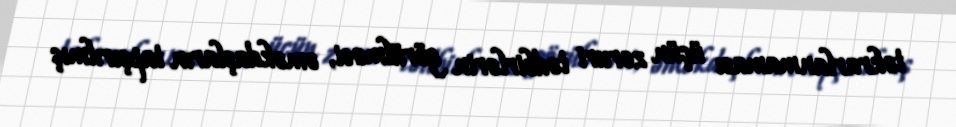
təkrarlanmaması üçün zəruri tədbirlərin görülməsi, əməkdaşların tapşırılmış